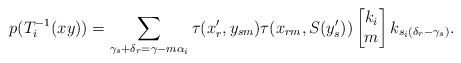
\begin{align*}p(T_i^{-1}(xy))=\sum_{\gamma_s+\delta_r=\gamma-m\alpha_i}\tau(x'_r,y_{sm})\tau(x_{rm},S(y'_s))\begin{bmatrix}k_i\\m\end{bmatrix}k_{s_i(\delta_{r}-\gamma_s)}.\end{align*}